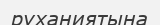
руханиятына